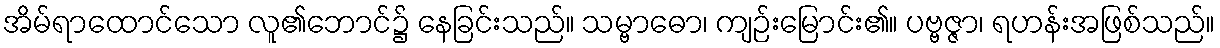
အိမ်ရာထောင်သော လူ၏ဘောင်၌ နေခြင်းသည်။ သမ္ဗာဓော၊ ကျဉ်းမြောင်း၏။ ပဗ္ဗဇ္ဇာ၊ ရဟန်းအဖြစ်သည်။